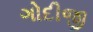
ગોદીજી